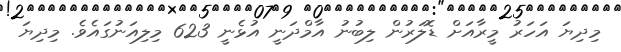
މިދިޔަ އަހަރު މީރާއަށް ޑޮލަރުން ލިބުނު އާމްދަނީ އުޅެނީ 623 މިލިއަނުގައެވެ. މިދިޔަ